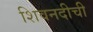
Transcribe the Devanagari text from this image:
शिवनदीची